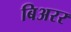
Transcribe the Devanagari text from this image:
बिअरर